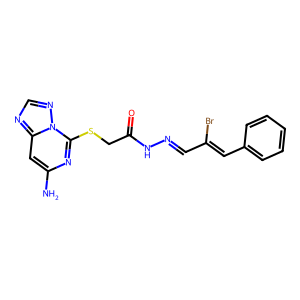
SMILES: Nc1cc2ncnn2c(SCC(=O)NN=CC(Br)=Cc2ccccc2)n1
Inhibits HIV replication: No